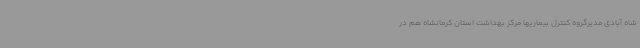
شاه آبادی مدیرگروه کنترل بیماریها مرکز بهداشت استان کرمانشاه هم در